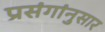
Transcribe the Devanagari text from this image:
प्रसंगांनुसार